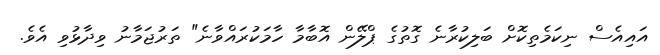
އައިއެސް ނިކަމެތިކޮށް ބަލިކުރާނެ ގޮތުގެ ޕްލޭން އޮބާމާ ހާމަކުރައްވާނެ" ތަރުޖަމާނު ވިދާޅުވި އެވެ.